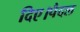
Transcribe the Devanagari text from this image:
दिए।पैदल